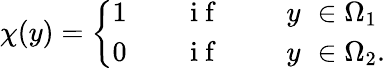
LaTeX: \chi(y)=\left\{ \begin{array}{ll}{1\qquad\mathrm{~i~f~}\qquad\ {y}\, \, \in\Omega_{1}}\\ {0\qquad\mathrm{~i~f~}\qquad\ {y}\, \, \in\Omega_{2}.}\end{array}\right.